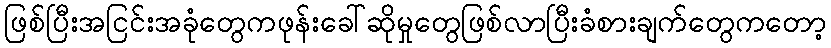
ဖြစ်ပြီးအငြင်းအခုံတွေကဖုန်းခေါ်ဆိုမှုတွေဖြစ်လာပြီးခံစားချက်တွေကတော့